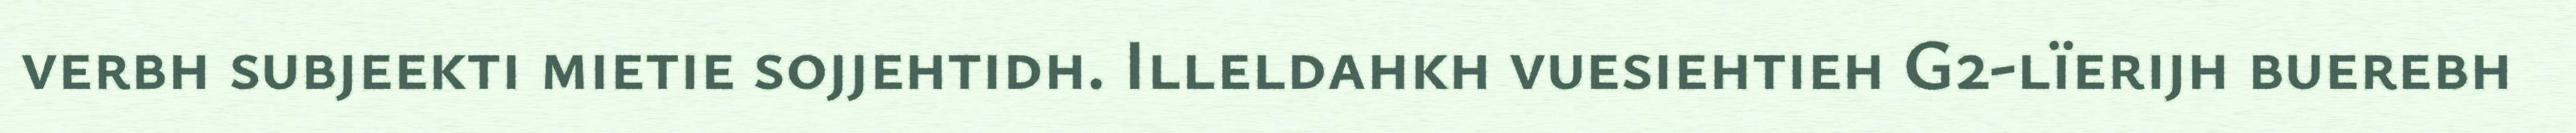
verbh subjeekti mietie sojjehtidh. Illeldahkh vuesiehtieh G2-lïerijh buerebh